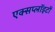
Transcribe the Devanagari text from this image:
एक्सप्लॉइटों